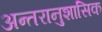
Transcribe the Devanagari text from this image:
अन्तरानुशासिक